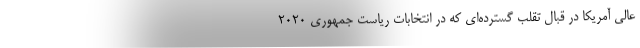
عالی آمریکا در قبال تقلب گسترده‌ای که در انتخابات ریاست جمهوری 2020